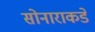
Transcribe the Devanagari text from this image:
सोनाराकडे